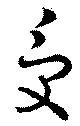
受